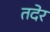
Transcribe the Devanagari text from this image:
तदेर